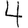
Digit: 4